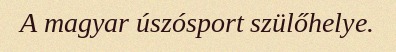
A magyar úszósport szülőhelye.